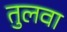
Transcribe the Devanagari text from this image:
तुलवा